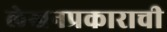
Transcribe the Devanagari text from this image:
लेखनप्रकाराची